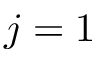
j = 1